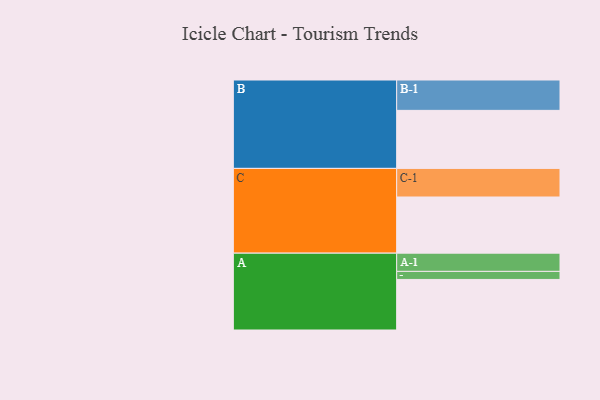
{"axis": {"x": "Segment", "y": "Value"}, "legend": ["", "A", "B", "C"], "data": [{"x": "A", "y": 433, "type": ""}, {"x": "B", "y": 497, "type": ""}, {"x": "C", "y": 481, "type": ""}, {"x": "A-1", "y": 156, "type": "A"}, {"x": "A-2", "y": 69, "type": "A"}, {"x": "B-1", "y": 260, "type": "B"}, {"x": "C-1", "y": 245, "type": "C"}]}